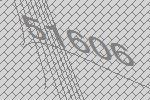
51606